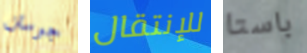
جوستن للإنتقال باستا